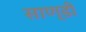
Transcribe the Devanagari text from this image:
साण्डी